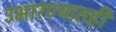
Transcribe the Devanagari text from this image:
उभारण्यातही